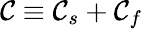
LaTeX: \mathcal{C}\equiv\mathcal{C}_{s}+\mathcal{C}_{f}